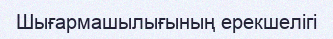
Шығармашылығының ерекшелігі